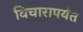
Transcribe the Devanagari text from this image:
विचारापर्यंत